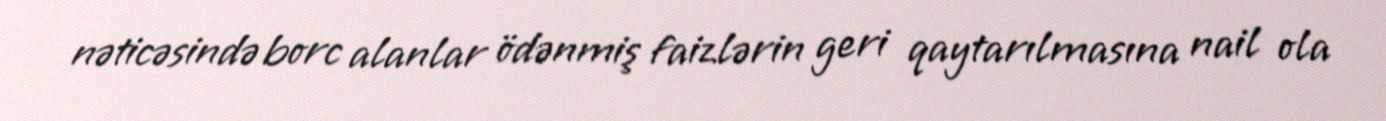
nəticəsində borc alanlar ödənmiş faizlərin geri qaytarılmasına nail ola